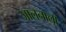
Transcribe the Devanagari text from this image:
जालनाला